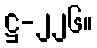
ဋ္ဌ-၂၂၆။